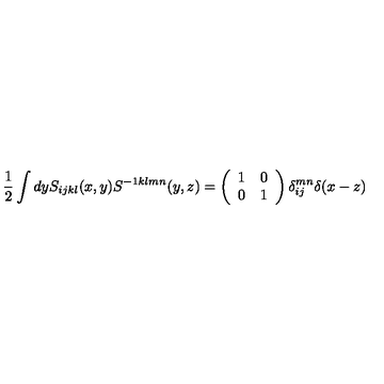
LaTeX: \frac { 1 } { 2 } \int d y S _ { i j k l } ( x , y ) S ^ { - 1 k l m n } ( y , z ) = \left( \begin{array} { c c } { 1 } & { 0 } \\ { 0 } & { 1 } \\ \end{array} \right) \delta _ { i j } ^ { m n } \delta ( x - z )